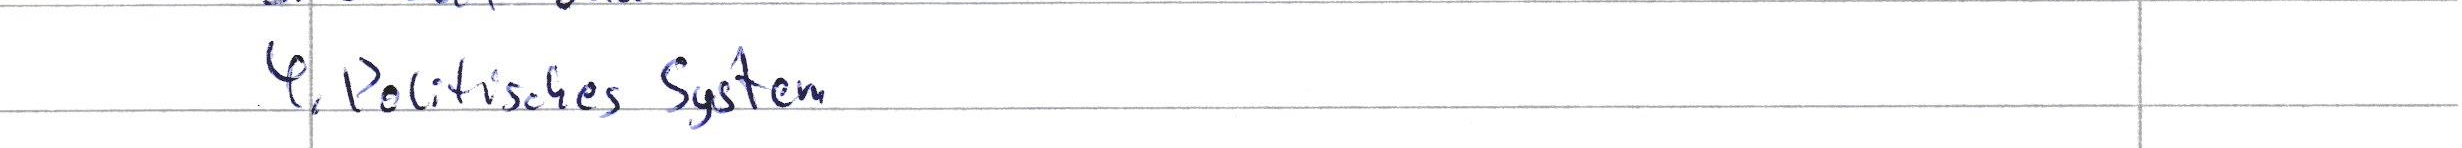
4. Politisches System